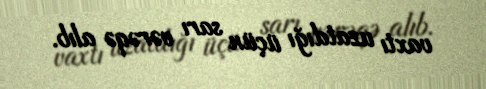
vaxtı uzatdığı üçün sarı vərəqə alıb.